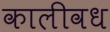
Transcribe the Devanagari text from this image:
कालीवध